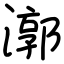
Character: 漷